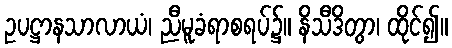
ဥပဋ္ဌာနသာလာယံ၊ ညီမူခံရာစရပ်၌။ နိသီဒိတွာ၊ ထိုင်၍။